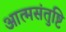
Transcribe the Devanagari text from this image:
आत्मसंतुष्टि